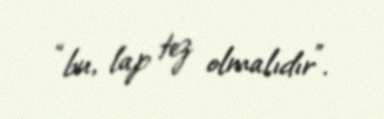
“bu, lap tez olmalıdır”.